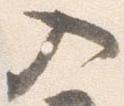
入